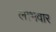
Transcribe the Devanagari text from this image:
लाभवार